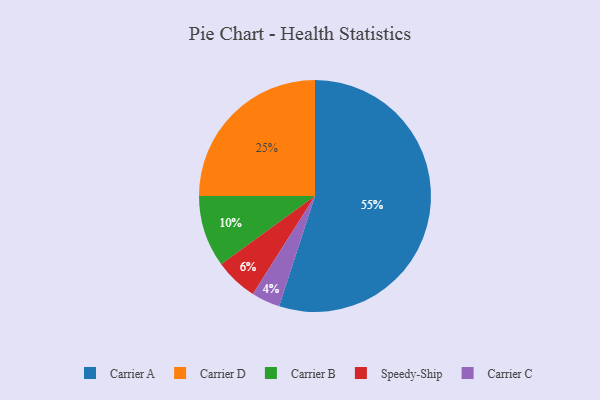
{"axis": {"x": "Category", "y": "Percentage"}, "legend": ["Carrier A", "Carrier B", "Carrier C", "Carrier D", "Speedy-Ship"], "data": [{"x": "Carrier A", "y": 55, "type": "Carrier A"}, {"x": "Speedy-Ship", "y": 6, "type": "Speedy-Ship"}, {"x": "Carrier D", "y": 25, "type": "Carrier D"}, {"x": "Carrier C", "y": 4, "type": "Carrier C"}, {"x": "Carrier B", "y": 10, "type": "Carrier B"}]}